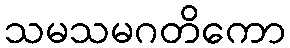
သမသမဂတိကော